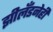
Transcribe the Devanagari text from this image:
झीलँडनेही